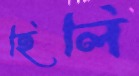
হিলি